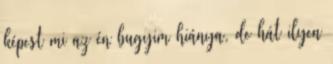
képest mi az én bugyim hiánya, de hát ilyen